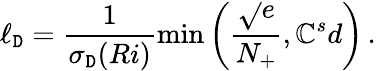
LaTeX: \ell_{\mathtt{D}}=\frac{{1}}{{\sigma_{\mathtt{D}}(Ri)}}\operatorname*{min}\left(\frac{{\sqrt{}{{e}}}}{{N_{+}}},\mathbb{{C}}_{}^{s}d\right)\, .